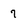
Character: 7